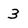
Character: 3